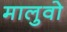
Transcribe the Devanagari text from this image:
मालुवो